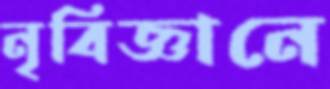
নৃবিজ্ঞানে